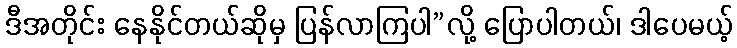
ဒီအတိုင်း နေနိုင်တယ်ဆိုမှ ပြန်လာကြပါ”လို့ ပြောပါတယ်၊ ဒါပေမယ့်